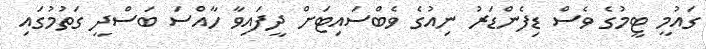
ގައުމީ ޓީމުގެ ވެސް ޑިފެންޑަރު ނިއުގެ ވެބްސައިޓަށް ދީފައިވާ ހާއްސަ ބަސްދީ ގަތުމުގައި